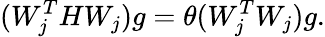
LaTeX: (W_{j}^{T}HW_{j})g=\theta(W_{j}^{T}W_{j})g.